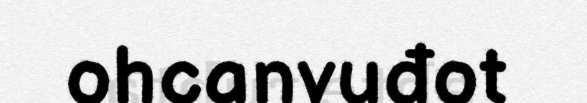
ohcanvuđot